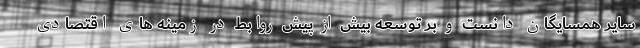
سایر همسایگان دانست و بر توسعه بیش از پیش روابط در زمینه های اقتصادی